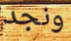
ونجد